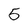
Character: 5